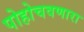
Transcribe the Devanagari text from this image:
पोहोचवणारा